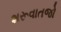
શરૂવાતજો